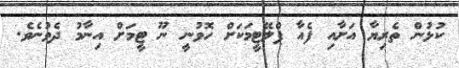
ކުޅުން ތެރިޔާ އަށާއި ފެއާ ޕްލޭޓީމަކަށް ހޮވުނީ ނޫ ޓީމަށް އިނާމު ދެވުނެވެ.